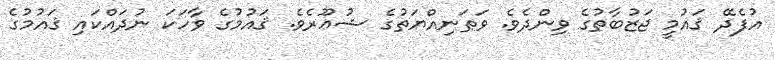
އުފެދޭ ޤައުމީ ޖަޒުބާތުގެ ވިންދެވެ. ވަޠަނިއްޔަތުގެ ޝުޢޫރެވެ. ޤައުމުގެ ވާހަކަ ނުދައްކައި ޤައުމުގެ